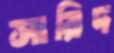
সারিদ